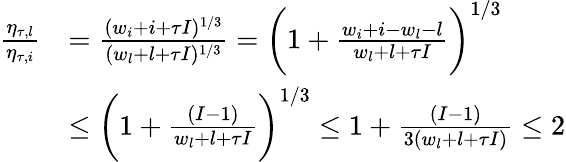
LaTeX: \begin{array}{rl}{\frac{\eta_{\tau,l}}{\eta_{\tau,i}}}&{=\frac{(w_{i}+i+\tau I)^{1/3}}{(w_{l}+l+\tau I)^{1/3}}=\bigg(1+\frac{w_{i}+i-w_{l}-l}{w_{l}+l+\tau I}\bigg)^{1/3}}\\ &{\leq\bigg(1+\frac{(I-1)}{w_{l}+l+\tau I}\bigg)^{1/3}\leq 1+\frac{(I-1)}{3(w_{l}+l+\tau I)}\leq 2}\end{array}